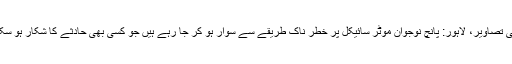
لاہور کی تصاویر، لاہور: پانچ نوجوان موٹر سائیکل پر خطر ناک طریقے سے سوار ہو کر جا رہے ہیں جو کسی بھی حادثے کا شکار ہو سکتے ہیں۔